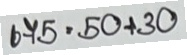
675 = 50 + 30